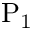
\mathrm { P _ { 1 } }